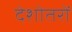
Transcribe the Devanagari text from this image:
देशोतरों